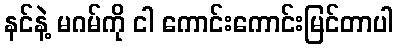
နင်နဲ့ မဂမ်ကို ငါ ကောင်းကောင်းမြင်တာပါ